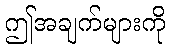
ဤအချက်များကို